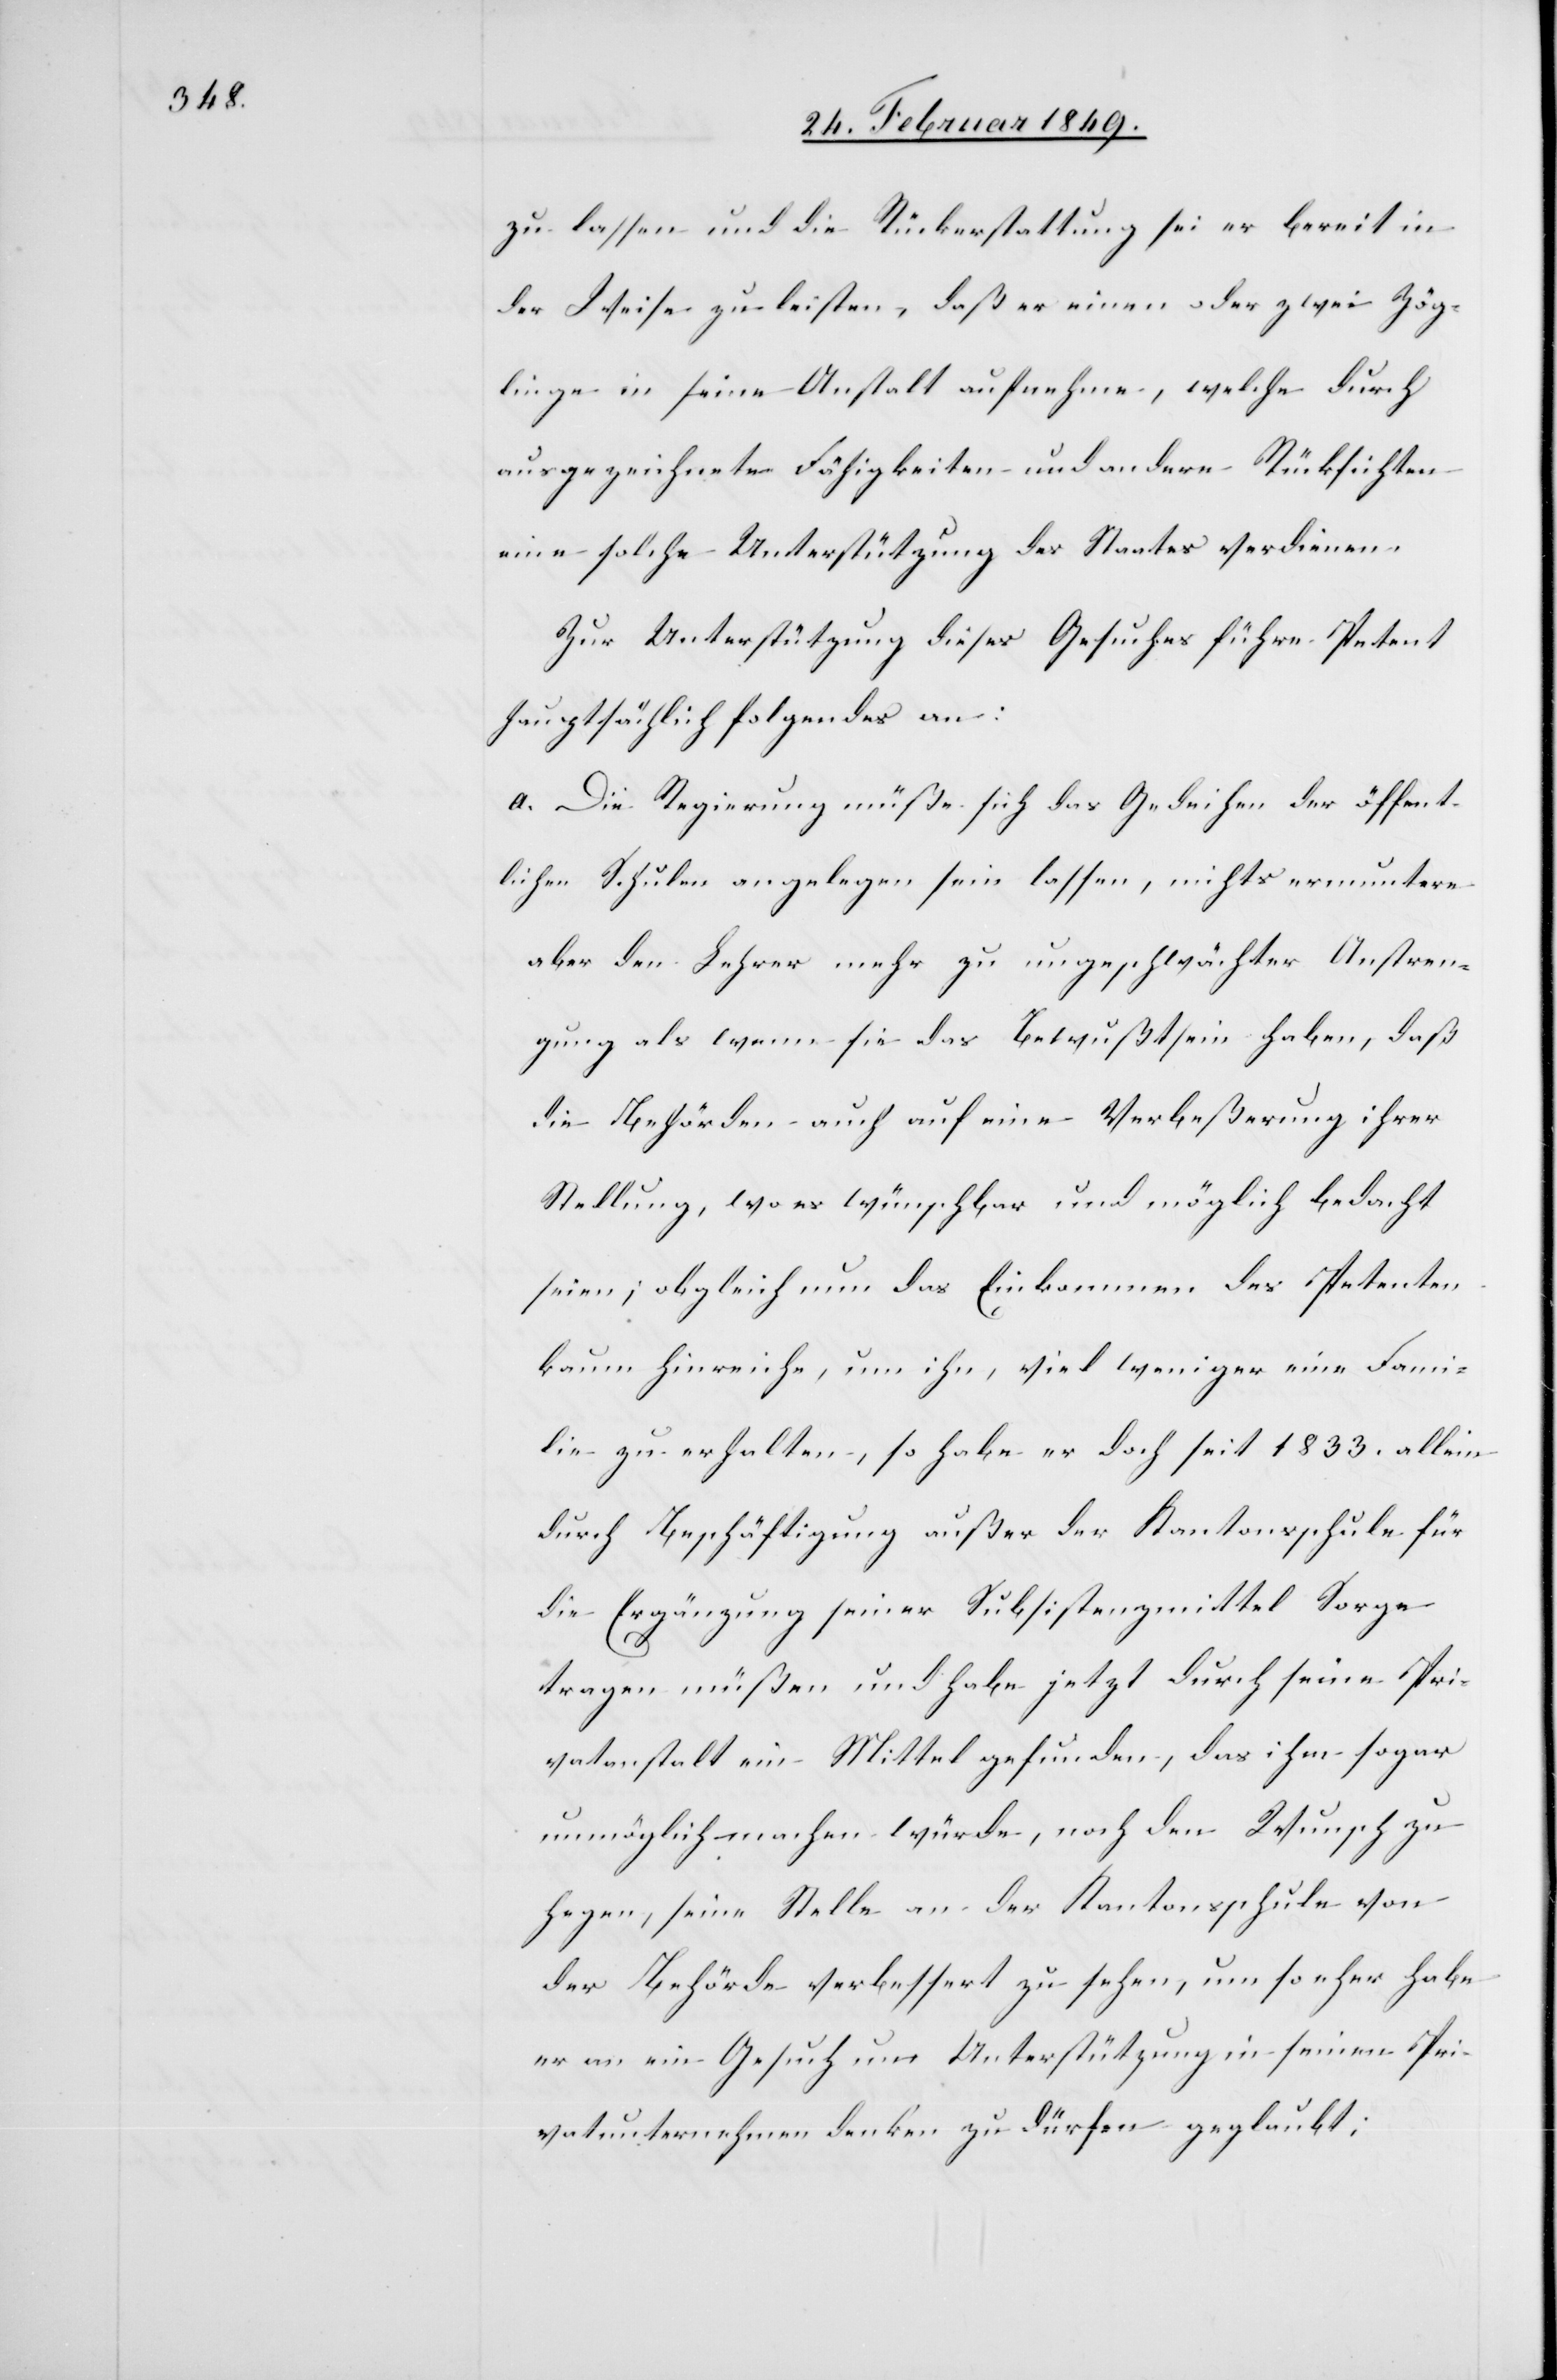
zu lassen und die Rückerstattung sei er bereit in
der Weise zu leisten, daß er einen oder zwei Zög¬
linge in seine Anstalt aufnehme, welche durch
ausgezeichnete Fähigkeiten und andere Rücksichten
eine solche Unterstützung des Staates verdienen.
Zur Unterstützung dieses Gesuches führe Petent
hauptsächlich folgendes an:
a. Die Regierung müsse sich das Gedeihen der öffent¬
lichen Schulen angelegen sein lassen, nichts ermuntere
aber den Lehrer mehr zu ungeschwächter Anstren¬
gung als wenn sie das Bewußtsein haben, daß
die Behörden auch auf eine Verbeßerung ihrer
Stellung, wo es wünschbar und möglich bedacht
seien; obgleich nun das Einkommen des Petenten
kaum hinreiche, um ihn, viel weniger eine Fami¬
lie zu erhalten, so habe er doch seit 1833. allein
durch Beschäftigung außer der Kantonsschule für
die Ergänzung seiner Subsistenzmittel Sorge
tragen müßen und habe jetzt durch seine Pri¬
vatanstalt ein Mittel gefunden, das ihm sogar
unmöglich machen würde, noch den Wunsch zu
hegen, seine Stelle an der Kantonsschule von
der Behörde verbessert zu sehen, um so eher habe
er an ein Gesuch um Unterstützung in seinem Pri¬
vatunternehmen denken zu dürfen geglaubt;